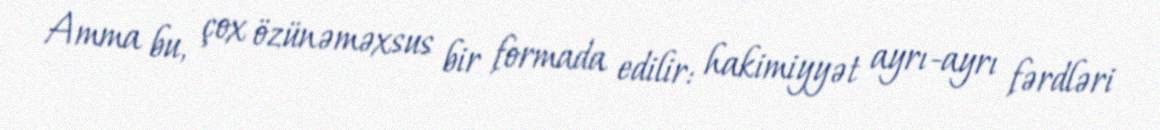
Amma bu, çox özünəməxsus bir formada edilir: hakimiyyət ayrı-ayrı fərdləri